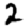
Digit: 2